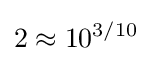
2\approx 10^{3/10}